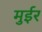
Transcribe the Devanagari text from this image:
मुईर